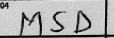
Transcription: MSD